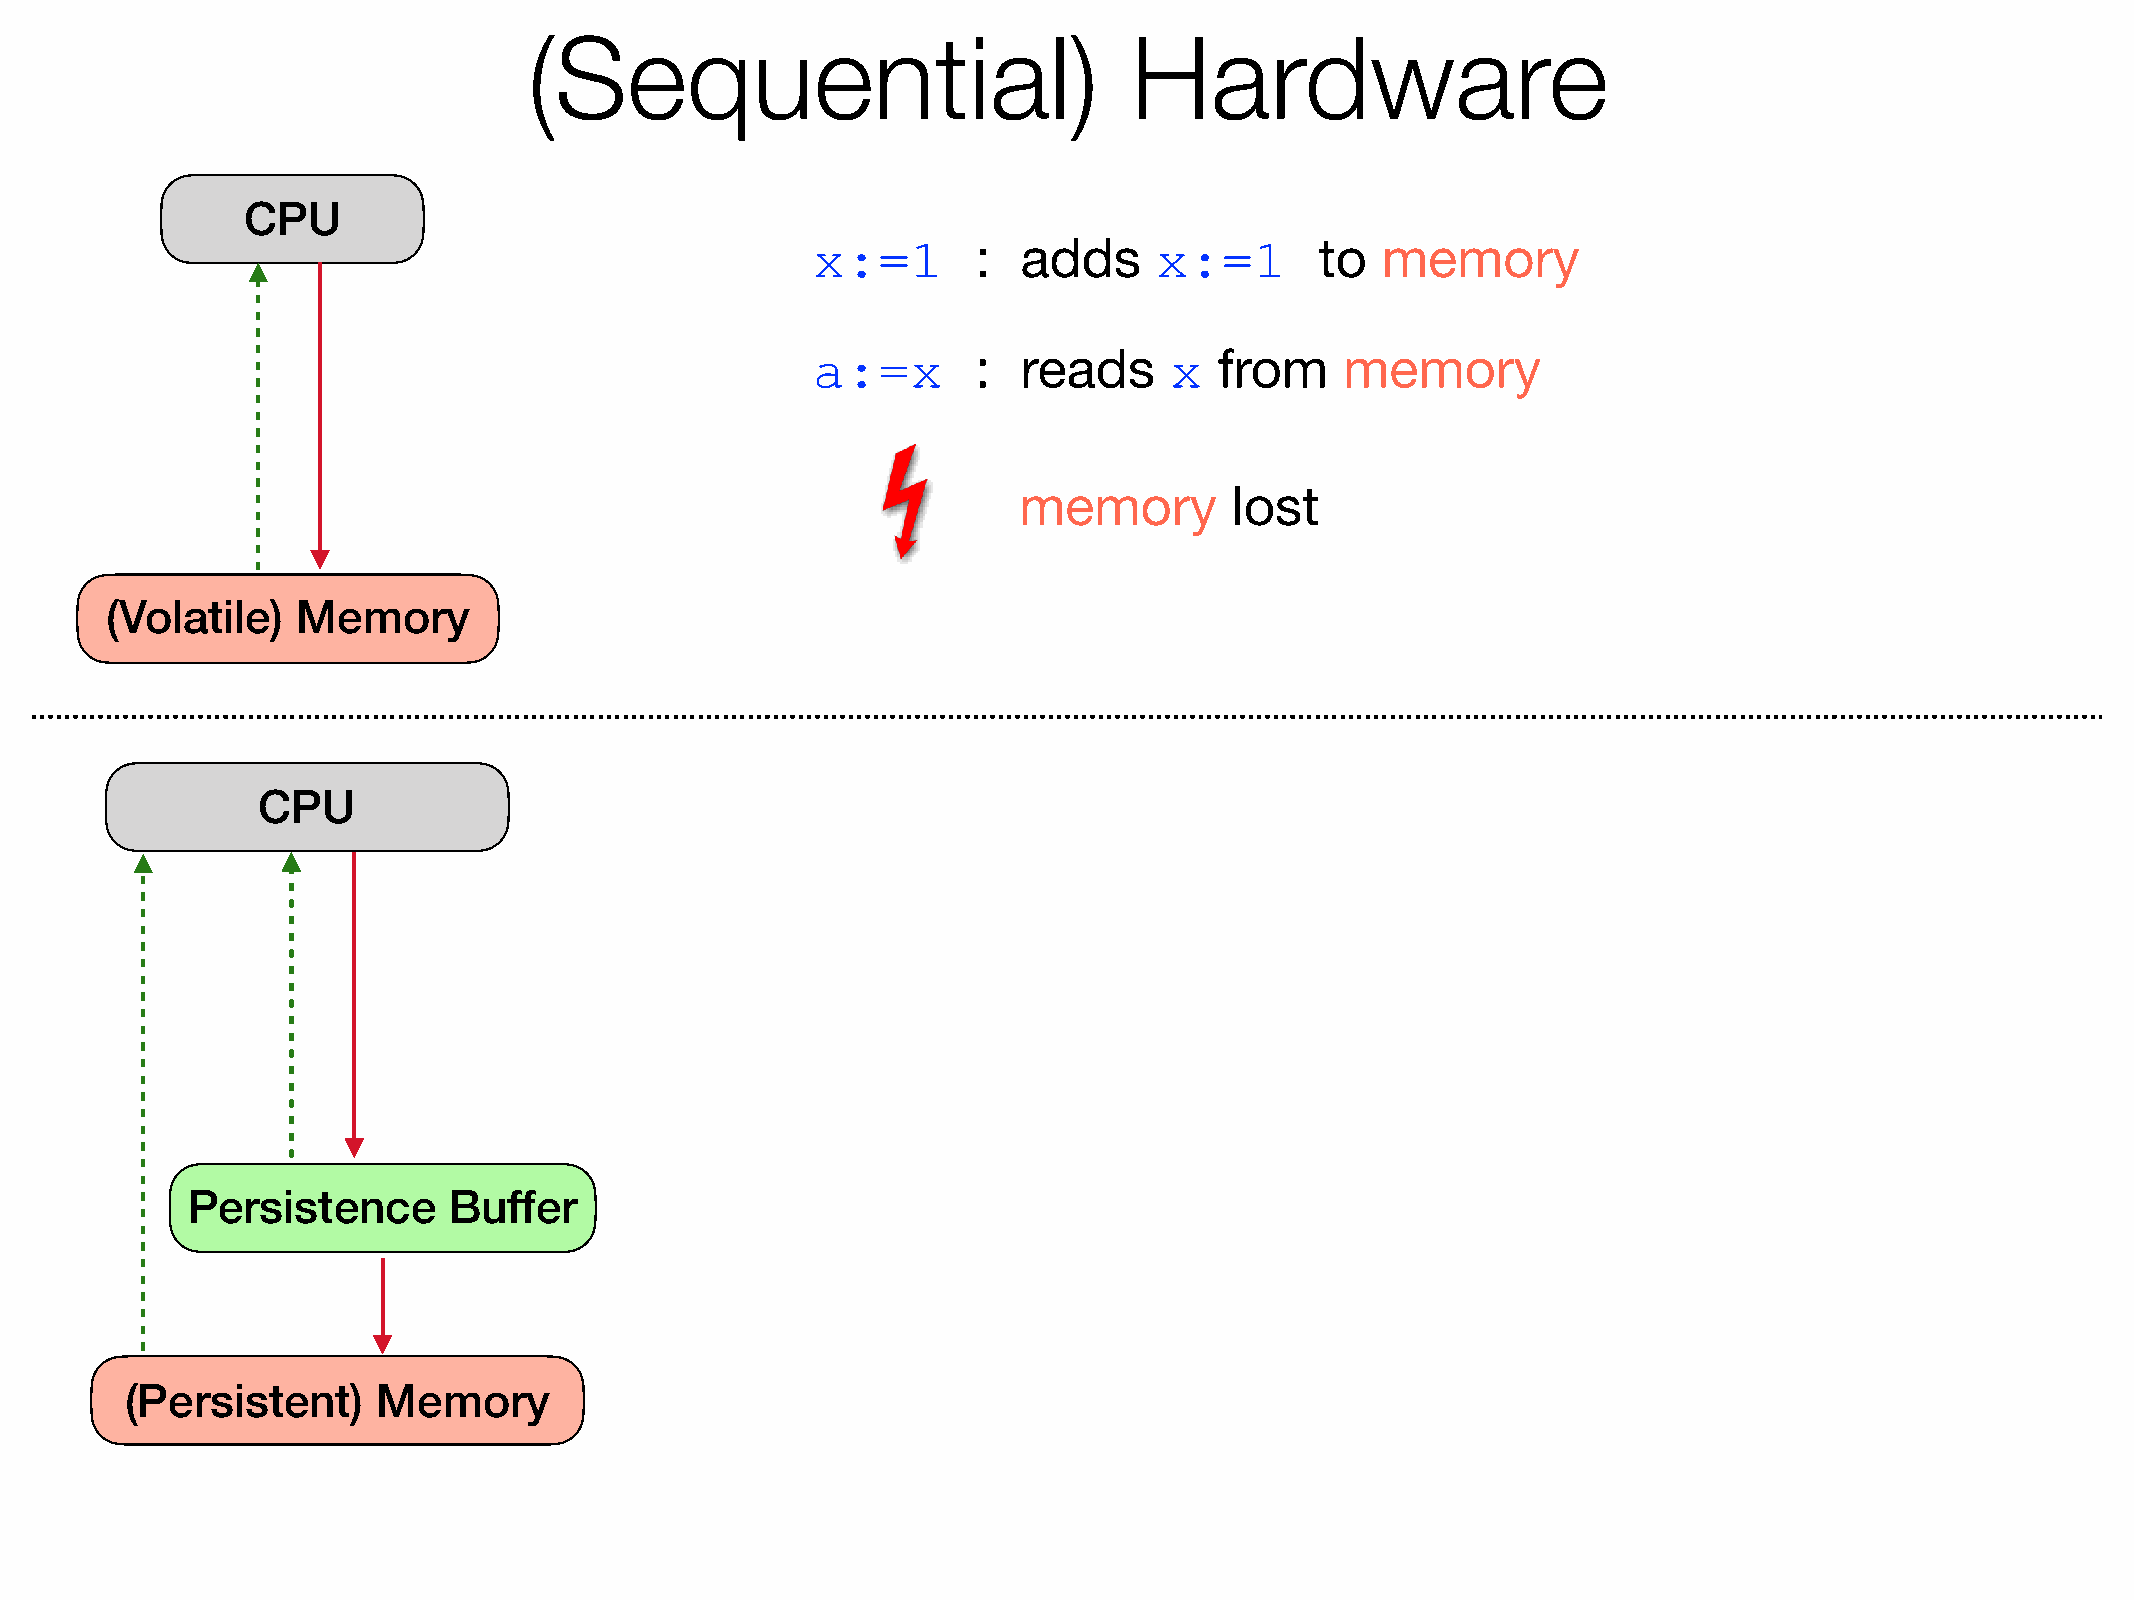
(Sequential)                            Hardware
 CPU
 x:=1       :  adds     x:=1      to  memory
 a:=x       :  reads    x   from    memory
 memory         lost
 (Volatile)   Memory
 CPU
 Persistence       Buffer
 (Persistent)     Memory